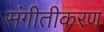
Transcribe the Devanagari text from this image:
संगीतीकरण